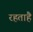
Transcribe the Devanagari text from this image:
रहताहै